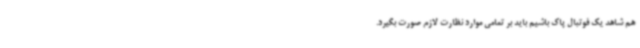
هم شاهد یک فوتبال پاک باشیم باید بر تمامی موارد نظارت لازم صورت بگیرد.